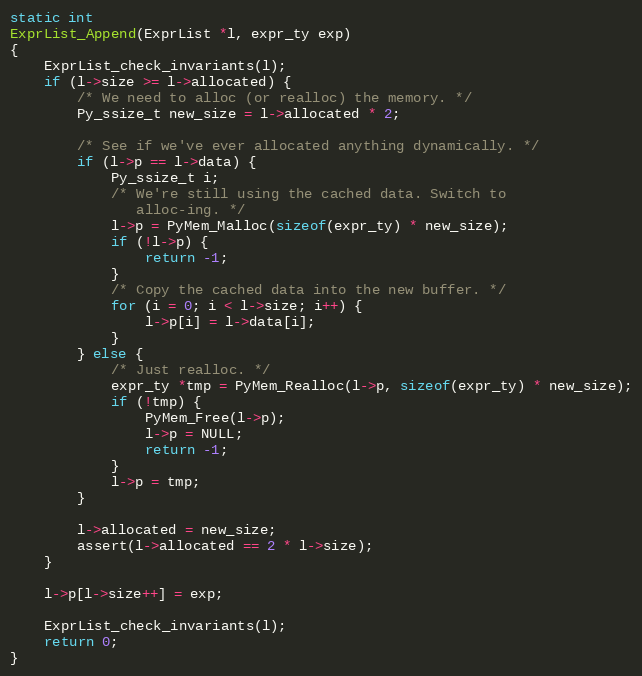
Language: C
static int
ExprList_Append(ExprList *l, expr_ty exp)
{
    ExprList_check_invariants(l);
    if (l->size >= l->allocated) {
        /* We need to alloc (or realloc) the memory. */
        Py_ssize_t new_size = l->allocated * 2;

        /* See if we've ever allocated anything dynamically. */
        if (l->p == l->data) {
            Py_ssize_t i;
            /* We're still using the cached data. Switch to
               alloc-ing. */
            l->p = PyMem_Malloc(sizeof(expr_ty) * new_size);
            if (!l->p) {
                return -1;
            }
            /* Copy the cached data into the new buffer. */
            for (i = 0; i < l->size; i++) {
                l->p[i] = l->data[i];
            }
        } else {
            /* Just realloc. */
            expr_ty *tmp = PyMem_Realloc(l->p, sizeof(expr_ty) * new_size);
            if (!tmp) {
                PyMem_Free(l->p);
                l->p = NULL;
                return -1;
            }
            l->p = tmp;
        }

        l->allocated = new_size;
        assert(l->allocated == 2 * l->size);
    }

    l->p[l->size++] = exp;

    ExprList_check_invariants(l);
    return 0;
}